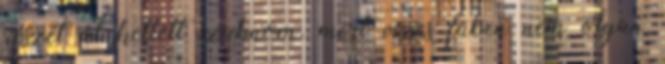
részét át kellett szabnom, mert vizes fűben nem olyan